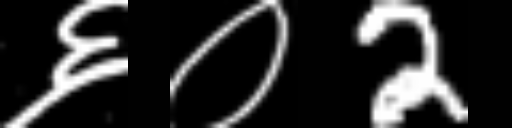
Text: ६०2